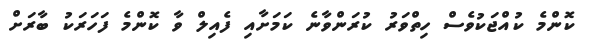
ކޮންމެ ކުއްޖަކުވެސް ހިތްވަރު ކުރަންވާނެ ކަމަށާއި ފެއިލް ވާ ކޮންމެ ފަހަރަކު ބާރަށް